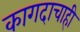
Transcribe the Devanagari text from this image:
कागदाचाही